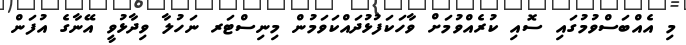
މި އެއްބަސްވުމުގައި ސޮއި ކުރެއްވުމަށް ވާހަކަފުޅުދައްކަވަމުން މިނިސްޓަރ ނަހުލާ ވިދާޅުވީ އޭނާގެ އުފަން